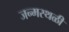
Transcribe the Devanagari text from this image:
जन्मस्थळी